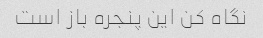
نگاه کن این پنجره باز است